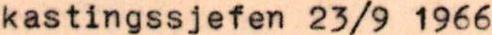
kastingssjefen 23/9 1966